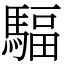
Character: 䮠